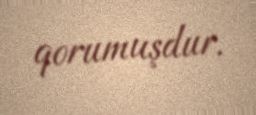
qorumuşdur.